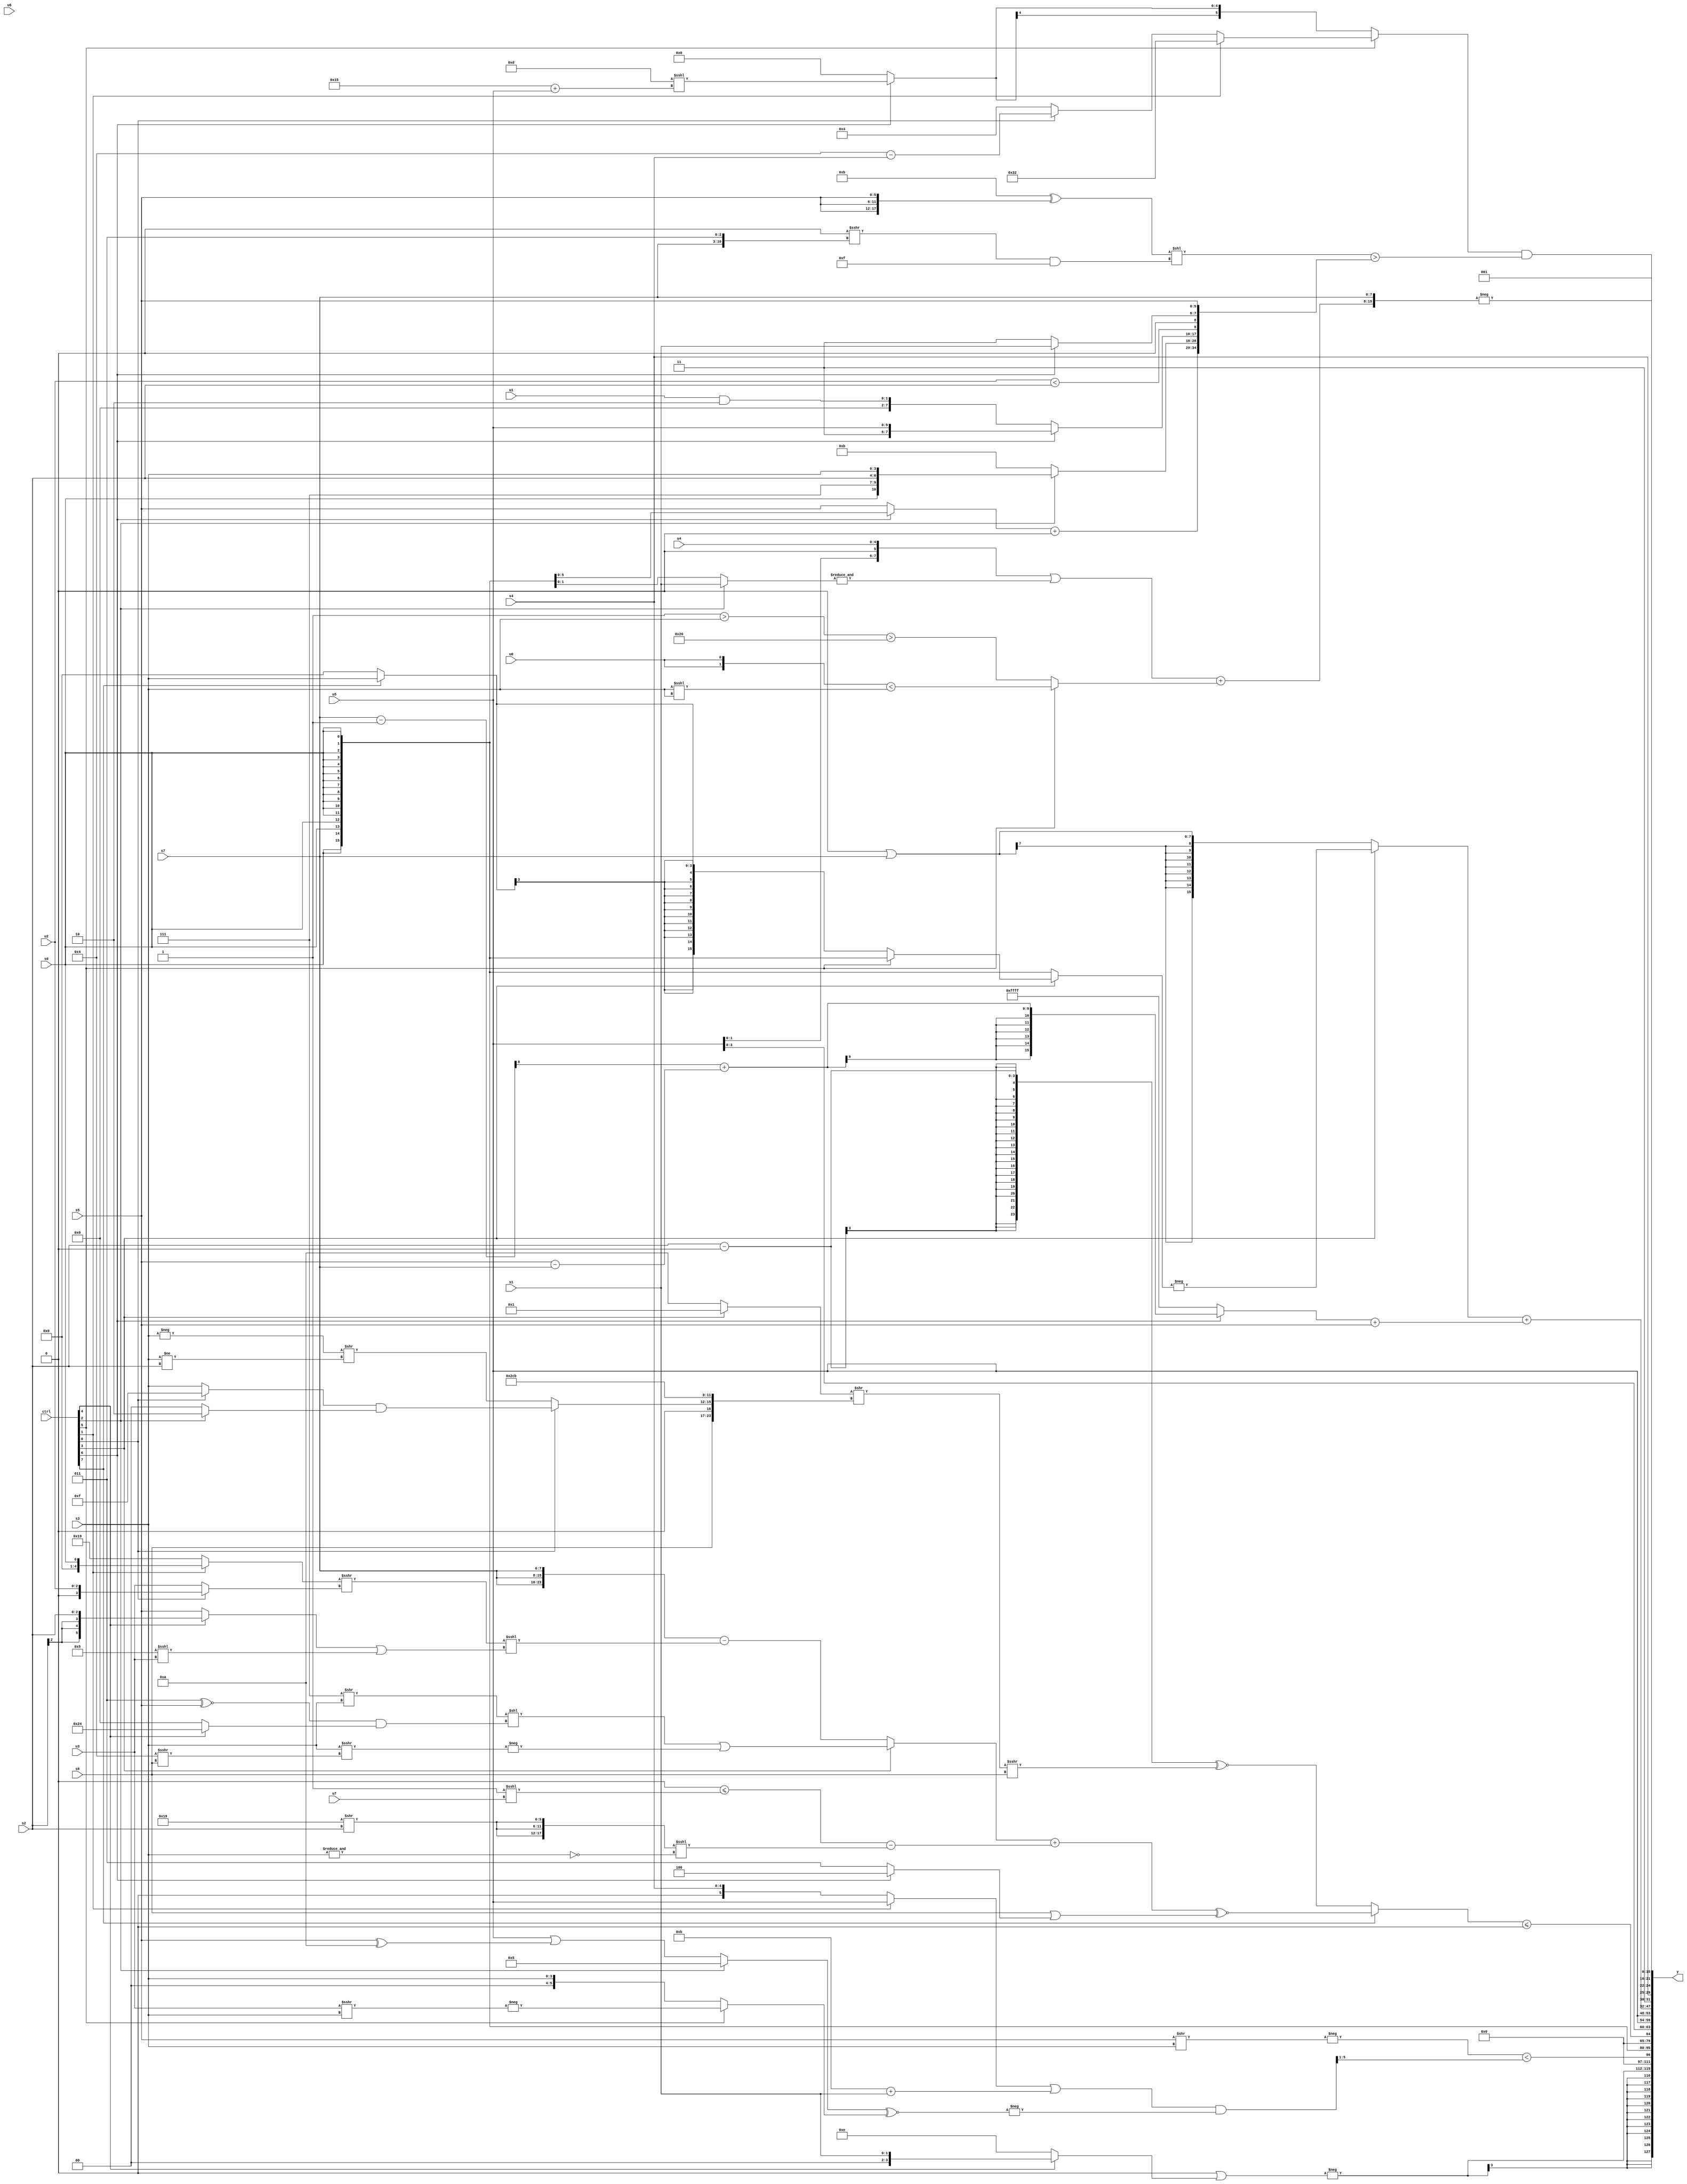
module wideexpr_00324(ctrl, u0, u1, u2, u3, u4, u5, u6, u7, s0, s1, s2, s3, s4, s5, s6, s7, y);
  input [7:0] ctrl;
  input [0:0] u0;
  input [1:0] u1;
  input [2:0] u2;
  input [3:0] u3;
  input [4:0] u4;
  input [5:0] u5;
  input [6:0] u6;
  input [7:0] u7;
  input signed [0:0] s0;
  input signed [1:0] s1;
  input signed [2:0] s2;
  input signed [3:0] s3;
  input signed [4:0] s4;
  input signed [5:0] s5;
  input signed [6:0] s6;
  input signed [7:0] s7;
  output [127:0] y;
  wire [15:0] y0;
  wire [15:0] y1;
  wire [15:0] y2;
  wire [15:0] y3;
  wire [15:0] y4;
  wire [15:0] y5;
  wire [15:0] y6;
  wire [15:0] y7;
  assign y = {y0,y1,y2,y3,y4,y5,y6,y7};
  assign y0 = $signed($signed(-((|(2'sb00))|((ctrl[4]?s1:4'sb1110)))));
  assign y1 = (+($signed(-($signed((s5)>>(s3))))))<((((+($unsigned($signed((ctrl[1]?u5:s4)))))|(($signed((1'sb1)^~((2'sb01)+(4'sb1010))))+($signed(s1))))&(-(((ctrl[2]?$signed(~(3'b010)):($signed(u5))|((s5)^(5'sb01010))))^~((ctrl[5]?-((u3)>>>(s3)):s3)))))>>>(2'sb01));
  assign y2 = s0;
  assign y3 = ((ctrl[7]?(((ctrl[3]?((+((3'b111)>>(s3)))<<(((4'sb0011)^~(s5))&((ctrl[4]?6'sb100100:1'sb0))))|(-(((ctrl[7]?s3:s3))>>>((4'sb0100)>>>(s6)))):(+($signed({3{s7}})))-((((ctrl[1]?s0:5'sb11001))>>>((ctrl[0]?u2:u3)))<<<(((ctrl[4]?s2:s5))|((4'sb0101)<<<(u3))))))+($signed(((((u0)^(u4))>>(5'sb00101))<=({(1'sb1)<<<(u7)}))-(({3{(6'sb011001)>>(s2)}})<<<(~&(s3))))))^~((s6)|((ctrl[6]?5'sb00100:2'sb11))):((s2)-((($signed({(5'sb01010)>>>(3'sb111),(s0)<<(5'sb10010),$signed(5'sb11000),{3{u0}}}))-(((s5)>>>(s0))+(-(+(u2)))))<<({3{6'sb001110}})))^~(((($signed((ctrl[3]?~&(6'sb011100):$signed(5'b01010))))>>>(4'sb0000))>>({s6,1'sb0,(ctrl[0]?((ctrl[0]?4'sb1111:s3))&((ctrl[2]?2'sb10:1'sb0)):(-(s3))>>((s3)!=(s2))),{2{(2'sb00)^~(+(6'sb110100))}}}))>>>(s6))))<=($signed(4'sb0000));
  assign y4 = {1{{3{(u5)<<<({{-((3'sb010)<<<(5'sb10000))}})}}}};
  assign y5 = ((ctrl[3]?-((ctrl[3]?(ctrl[5]?s0:(ctrl[7]?s3:2'sb00)):s0)):($signed($signed((2'sb00)<<(2'sb11))))|($signed(s7))))+(((ctrl[6]?(((s7)-(2'sb11))>>>(6'sb111110))+(($signed(s5))-(s7)):1'sb1))+(s5));
  assign y6 = {6'b000111,s4,$signed($signed(3'sb001)),((ctrl[5]?(ctrl[1]?5'sb10010:(ctrl[5]?(ctrl[0]?($signed(5'b00100))-(s4):(+(6'sb010010))>>(2'b10)):s5)):$signed(+((ctrl[6]?(5'b01101)<<<((5'sb10101)+(u5)):|(2'sb00))))))&($signed((((5'sb01011)^($signed({3{s5}})))<<((((ctrl[3]?1'sb0:1'sb0))>>>({s7,3'b011}))&($signed(-(5'sb10001)))))>($signed({((ctrl[6]?s0:s5))+((2'sb11)<<<(5'sb00110)),(ctrl[2]?{s0,3'sb111,s2,s3}:5'b01011),(ctrl[6]?{2'sb11,u5}:(u1)&(2'b10)),{(u2)<(s2),1'sb0,(ctrl[6]?s1:1'sb1),+(s5)}}))))};
  assign y7 = -($signed({{3{(ctrl[0]?{4{{s5,5'sb01010}}}:!({1{u3}}))}},({3{+(4'sb1000)}})<=(&($signed({1{u3}}))),(({u5,~|(4'sb0101),$signed(u4)})|(&((ctrl[2]?s1:s0))))+((ctrl[5]?({2{u0}})<((s3)<<<(s3)):((5'b00001)>(s3))>({6'sb100000}))),s7}));
endmodule